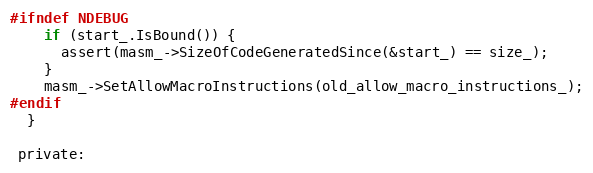
Language: C
#ifndef NDEBUG
    if (start_.IsBound()) {
      assert(masm_->SizeOfCodeGeneratedSince(&start_) == size_);
    }
    masm_->SetAllowMacroInstructions(old_allow_macro_instructions_);
#endif
  }

 private: